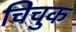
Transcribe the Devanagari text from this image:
चिचुक